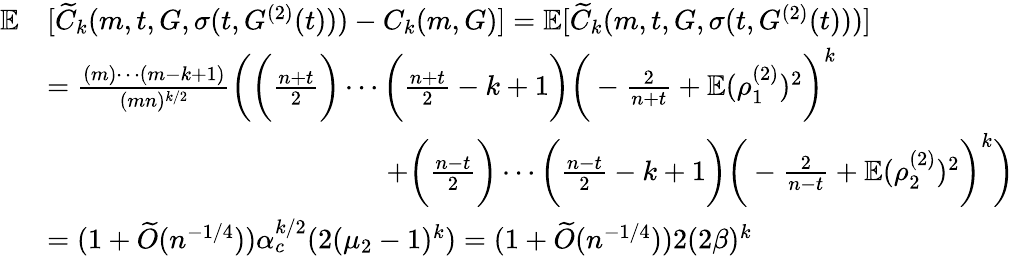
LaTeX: \begin{array}{rl}{\mathbb{E}}&{[\widetilde{C}_{k}(m,t,G,\sigma(t,G^{(2)}(t)))-C_{k}(m,G)]=\mathbb{E}[\widetilde{C}_{k}(m,t,G,\sigma(t,G^{(2)}(t)))]}\\ &{=\frac{(m)\cdots(m-k+1)}{(mn)^{k/2}}\bigg(\bigg(\frac{n+t}{2}\bigg)\cdots\bigg(\frac{n+t}{2}-k+1\bigg)\bigg(-\frac{2}{n+t}+\mathbb{E}(\rho_{1}^{(2)})^{2}\bigg)^{k}}\\ &{\qquad\qquad\qquad\qquad\qquad\qquad+\bigg(\frac{n-t}{2}\bigg)\cdots\bigg(\frac{n-t}{2}-k+1\bigg)\bigg(-\frac{2}{n-t}+\mathbb{E}(\rho_{2}^{(2)})^{2}\bigg)^{k}\bigg)}\\ &{=(1+\widetilde{O}(n^{-1/4}))\alpha_{c}^{k/2}(2(\mu_{2}-1)^{k})=(1+\widetilde{O}(n^{-1/4}))2(2\beta)^{k}}\end{array}